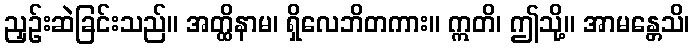
ညှဉ်းဆဲခြင်းသည်။ အတ္ထိနာမ၊ ရှိလေဘိတကား။ ဣတိ၊ ဤသို့။ အာမန္တေသိ၊